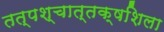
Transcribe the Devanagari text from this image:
तत्पश्‍चात्‌तक्षशिला